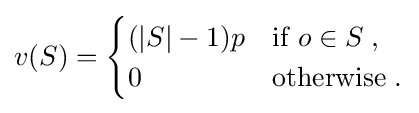
v(S)={\begin{cases}(|S|-1)p&{\text{if }}o\in S\;,\\0&{\text{otherwise}}\;.\\\end{cases}}